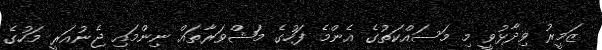
ޒަމީރު ވިދާޅުވީ މި މަަސައްކަތުގެ އެންމެ ފަހުގެ މަޝްވަރާތައް ނިންމައި ޖެނުއަރީ މަހުގެ